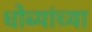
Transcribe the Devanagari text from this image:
धोब्यांच्या